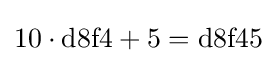
10\cdot {\text{d8f4}}+5={\text{d8f45}}